Report on horse surra - Volume I
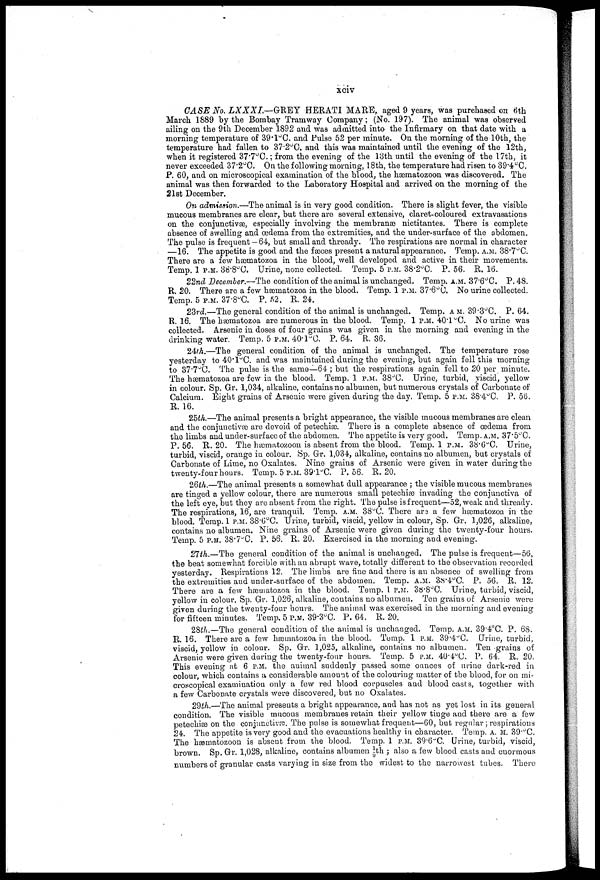
xciv
CASE No. LXXXI.—GREBY
HERATI MARE, aged 9 years, was purchased on 6th
March 1S89 by the Bombay Tramway Company; (No. 197), The animal was observed
ailing on the 9th December 1892 and was admitted into the Infirmary on that date with a
morning temperature of 39.1°C. and Pulse 52 per minute. On the morning of the 10th, the
temperature had fallen to 37.2°C. and this was maintained until the evening of the 12th,
when it registered 37.7°C.; from the evening of the 18th until the evening of the 17th, it
never exceeded 37.2°C. On the following morning, 18th, the temperature had risen to 39.4°C.
P. 60, and on microscopical examination of the blood, the hæmatozoon was discovered. The
animal was then forwarded to the Laboratory Hospital and arrived on the morning of the
21st December,
On admission.—The animal is in very good condition. There is slight fever, the visible
mucous membranes are clear, but there are several extensive, claret-coloured extravasations
on the conjunctivae, especially involving the membranas nictitantes. There is complete
absence of swelling and œdema from the extremities, and the under-surface of the obdomen.
The pulse is frequent — 64, but small and thready. The respirations are normal in character
—16. The appetite is good and the fasces present a natural appearance. Temp. A.M. 38.7°C.
There are a few hæmatozoa in the blood, well developed and active in their movements.
Temp. 1 P.M. 38.8°C. Urine, none collected. Temp. 5 P.M. 38.2°C. P. 56. R. 16.
22nd December.—The condition of the animal is unchanged. Temp. A.M. 37.6°C. P. 48.
R. 20. There are a few hæinatozoa in the blood. Temp. 1 P.M. 37.6°(J. NO urine collected.
Temp. 5 P.M. 37.8°C. P. 52. R. 24.
23rd.—The general condition of the animal is unchanged. Temp. AM. 39.3°C. P. 64.
R. 16. The hæmatozoa are numerous in the blood. Temp. 1 P.M. 40'1 °C. No urine was
collected. Arsenic in doses of four grains was given in the morning and evening in the
drinking water. Temp. 5 P.M. 40.1°C. P. 64. R. 36.
24th.—The general condition of the animal is unchanged. The temperature rose
yesterday to 40.1°C. and was maintained during the evening, but again fell this morning
to 37.7°C. The pulse is the same—64 ; but the respirations again fell to 20 per minute.
The hæmatozoa are few in the blood. Temp. 1 P.M. 38°C. Urine, turbid, viscid, yellow
in colour. Sp. Gr. 1,034, alkaline, contains no albumen, but numerous crystals of Carbonate of
Calcium. Eight grains of Arsenic were given during the day. Temp. 5 P.M. 38.4°C. P. 56.
R. 16.
25th.—The animal presents a bright appearance, the visible mucous membranes are clean
and the conjunctivæ are devoid of petechias. There is a complete absence of œdema from
the limbs and under-surface of the abdomen. The appetite is very good. Temp. A.M. 37.5°C
P. 56. R. 20. The hæmatozoon is absent from the blood. Temp. 1 P.M. 38.6°C. Urine,
turbid, viscid, orange in colour. Sp. Gr. 1,034, alkaline, contains no albumen, but crystals of
Carbonate of Lime, no Oxalates. Nine grains of Arsenic were given in water during the
twenty-four hours. Temp. 5 P.M. 39.1°C. P. 56. R. 20.
26th.—The animal presents a somewhat dull appearance ; the visible mucous membranes
are tinged a yellow colour, there are numerous small petechias invading the conjunctiva of
the left eye, but they are absent from the right. The pulse is frequent—52, weak and thready.
The respirations, 16, are tranquil. Temp. A.M. 38°C. There are a few hæmatozoa in the
blood. Temp. 1 P.M. 38.6 O C. Urine, turbid, viscid, yellow in colour, Sp. Gr, 1,026, alkaline,
contains no albumen. Nine grains of Arsenic were given during the twenty-four hours.
Temp. 5 P.M. 38.7°C P. 56. R. 20. Exercised in the morning and evening.
27th.—The general condition of the animal is unchanged. The pulse is frequent—56,
the beat somewhat forcible with an abrupt wave, totally different to the observation recorded
yesterday. Respirations 12. The limbs are fine and there is an absence of swelling from
the extremities and under-surface of the abdomen. Temp. A.M. 38.4°C. P. 56. R. 12.
There are a few hæmatozoa in the blood. Temp. 1 P.M. 38.8°C. Urine, turbid, viscid,
yellow in colour. Sp. Gr. 1,026, alkaline, contains no albumen. Ten grains of Arsenic were
given during the twenty-four hours. The animal was exercised in the morning and evening
for fifteen minutes. Temp. 5 P.M. 39.3°C. P. 64. R. 20.
28th.—The general condition of the animal is unchanged. Temp. A.M. 39.4°C. P. 68.
R. 16. There are a few hæmatozoa in the blood. Temp. 1 P.M. 39.4°C. Urine, turbid,
viscid, yellow in colour. Sp. Gr. 1,025, alkaline, contains no albumen. Ten grains of
Arsenic were given during the twenty-four hours. Temp. 5 P.M. 40.4°C. P. 64. R. 20.
This evening at 6 P.M. the animal suddenly passed some ounces of urine dark-red in
colour, which contains a considerable amount of the colouring matter of the blood, for on mi-
croscopical examination only a few red blood corpuscles and blood casts, together with
a few Carbonate crystals were discovered, but no Oxalates.
29th.—The animal presents a bright appearance, and has not as yet lost in its general
condition. The visible mucous membranes retain their yellow tinge and there are a few
petechias on the conjunctivæ. The pulse is somewhat frequent—60, but regular ; respirations
24. The appetite is very good and the evacuations healthy in character. Temp. A. M. 39.°C.
The hæmatozoon is absent from the blood. Temp. 1 P.M. 39.6°C. Urine, turbid, viscid,
brown. Sp. Gr. 1,028, alkaline, contains albumen 1/9th; also a few blood casts and enormous
numbers of granular casts varying in size from the widest to the narrowest tubes. There